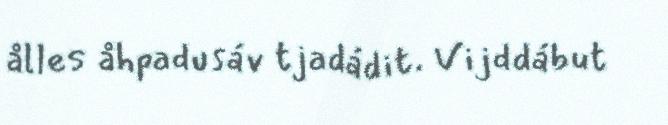
ålles åhpadusáv tjadádit. Vijddábut